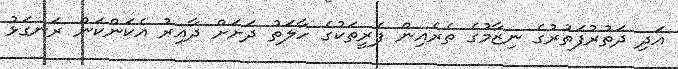
އަދި ދަތުރުފަތުރުގެ ނިޒާމުގެ ތެރެއިން ފެރީތަކުގެ ހާލަތު ދަށަށް ދާއިރު އެކަންކަން ރަނގަޅު